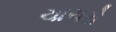
ચાચરો